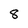
Character: 8